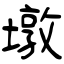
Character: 墩